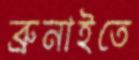
ব্রুনাইতে